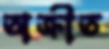
অক্রীত